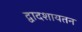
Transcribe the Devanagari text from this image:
द्वादशायतन